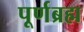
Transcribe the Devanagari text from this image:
पूर्णब्रह्म